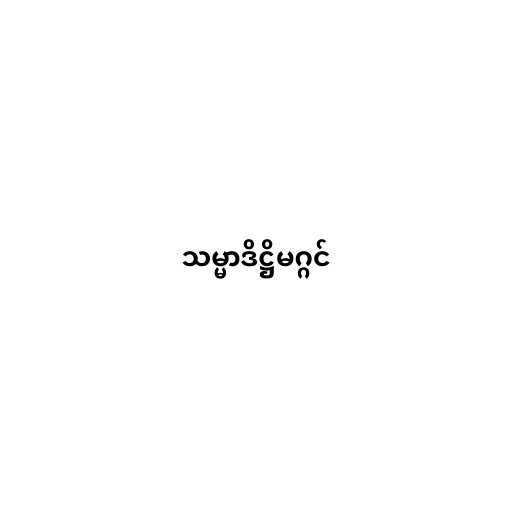
သမ္မာဒိဋ္ဌိမဂ္ဂင်